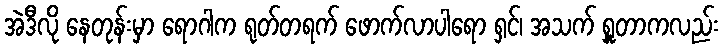
အဲဒီလို နေတုန်းမှာ ရောဂါက ရုတ်တရက် ဖောက်လာပါရော ရှင်၊ အသက် ရှူတာကလည်း